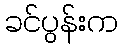
ခင်ပွန်းက